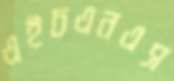
এইচএনএস